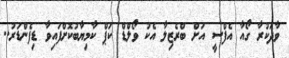
ވާދަކުރާ ގޯއާ އެފްސީ އަށް ބްރެޒިލާ އެކު ވޯލްޑް ކަޕް ކާމިޔާބުކޮށްފައިވާ ޑިފެންޑަރު..